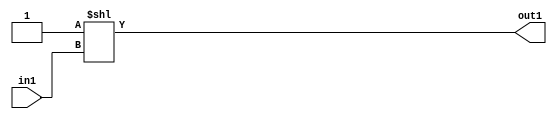
`timescale 1ps / 1ps
/*****************************************************************************
    Verilog RTL Description
    
    
    Created by: Stratus DpOpt 2019.1.01 
*******************************************************************************/

module dut_DECODE_32U_5_4 (
	in1,
	out1
	); /* architecture "behavioural" */ 
input [4:0] in1;
output [31:0] out1;
wire [31:0] asc001;

assign asc001 = 32'B00000000000000000000000000000001 << in1;

assign out1 = asc001;
endmodule

/* CADENCE  ubD4Tgg= : u9/ySgnWtBlWxVPRXgAZ4Og= ** DO NOT EDIT THIS LINE ******/